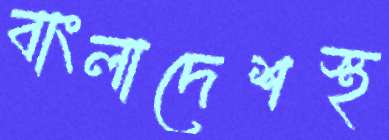
বাংলাদেশস্থ